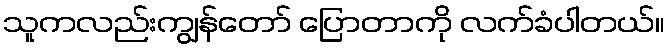
သူကလည်းကျွန်တော် ပြောတာကို လက်ခံပါတယ်။